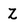
Character: Z